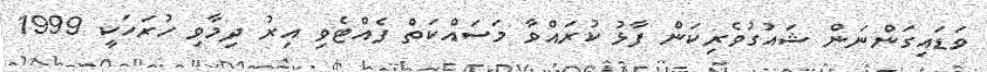
ވަޑައިގަންނަން ޝައުގުވެރިކަން ފާޅު ކުރައްވާ މަސައްކަތް ފެއްޓެވި އިރު ދިމާވި ހުރަހަކީ 1999